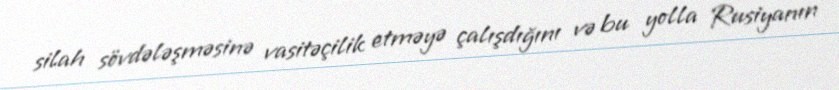
silah sövdələşməsinə vasitəçilik etməyə çalışdığını və bu yolla Rusiyanın